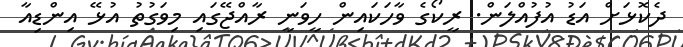
ދެކޮޅަށް އަޑު އުފުއްލަން. ރީކޯގެ ވާހަކައިން ހީވަނީ ރާއްޖޭގައި މިވަގުތު އުޅޭ އިންޑިއާ